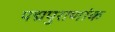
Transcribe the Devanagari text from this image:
पद्मपुराणांक